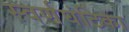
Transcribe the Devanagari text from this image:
स्वर्णघंटिका